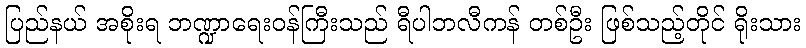
ပြည်နယ် အစိုးရ ဘဏ္ဍာရေးဝန်ကြီးသည် ရီပါဘလီကန် တစ်ဦး ဖြစ်သည့်တိုင် ရိုးသား